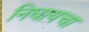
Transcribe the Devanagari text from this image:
निघायचा